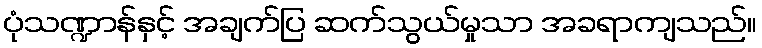
ပုံသဏ္ဍာန်နှင့် အချက်ပြ ဆက်သွယ်မှုသာ အခရာကျသည်။